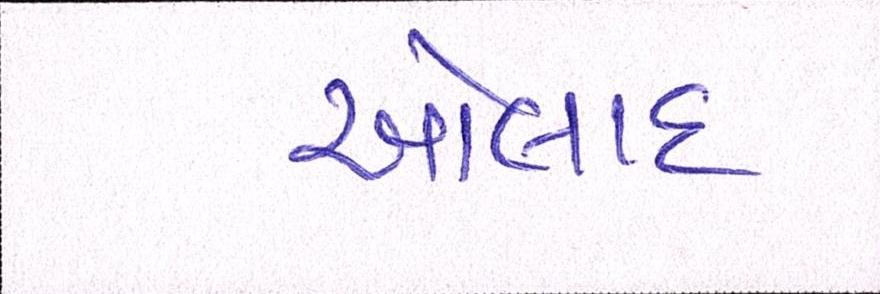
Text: ઓલાદ